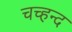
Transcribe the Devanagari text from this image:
चच्हन्द